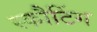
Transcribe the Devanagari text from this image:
स्कौटिंग